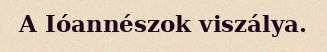
A Ióannészok viszálya.